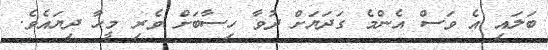
ބަލައި އެ ވަސް އެންމެ ގަދަޔަށް ދުވާ ހިސާބަށް ވެރި މީހާ ދިޔައެވެ.